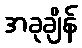
အခုချိန်